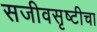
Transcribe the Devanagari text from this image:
सजीवसृष्टीचा